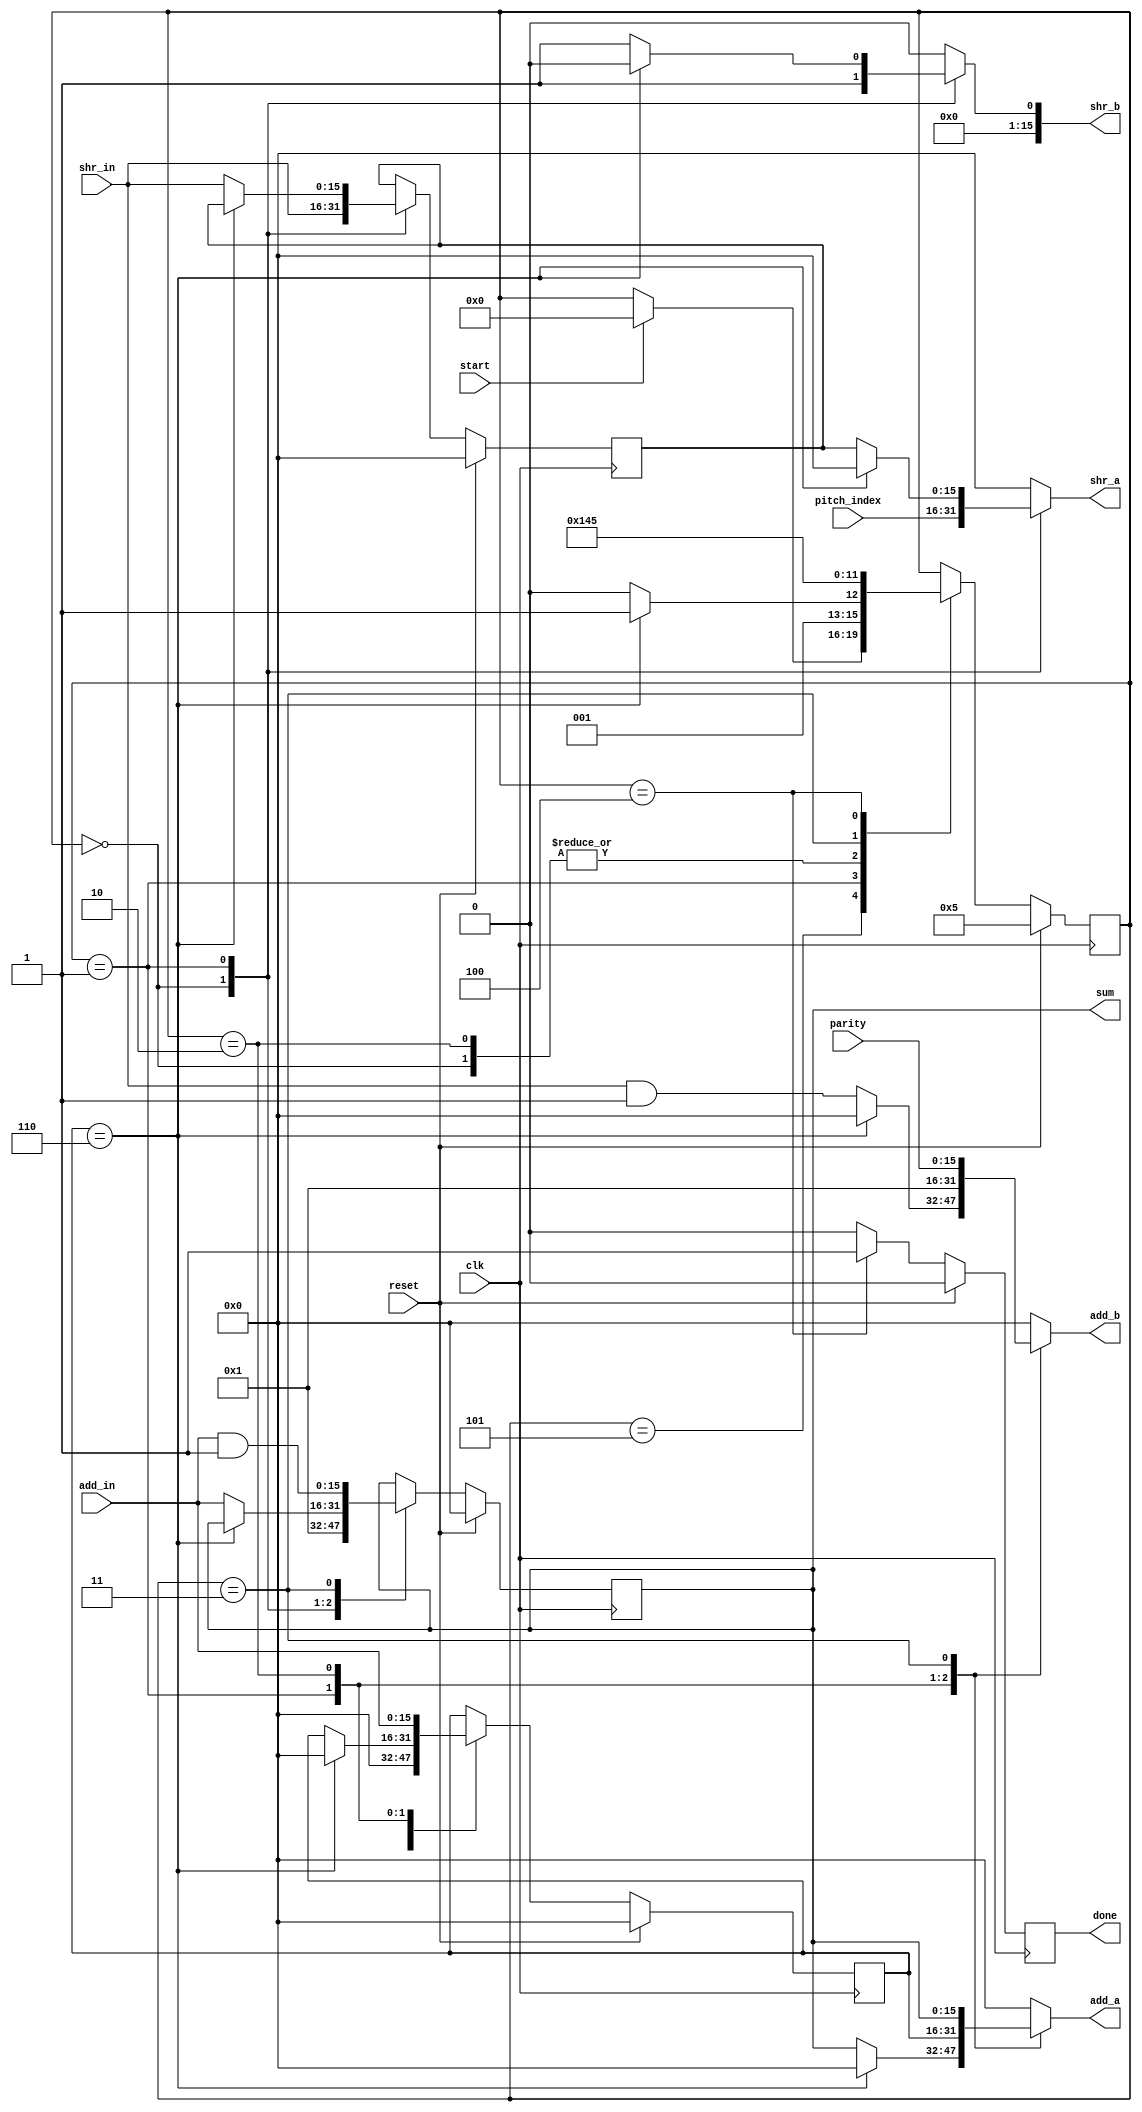
module CheckParityPitch(clk, start, reset, done, pitch_index, parity, sum, add_a, add_b, add_in, shr_a, shr_b, shr_in
    );

input clk, start, reset;
input [15:0] pitch_index, parity;
input [15:0] shr_in, add_in;

output reg done;
output reg [15:0] sum;
output reg [15:0] shr_a, shr_b, add_a, add_b;

reg next_done;
reg [3:0] state, nextstate;
reg [15:0] next_sum;
reg [15:0] temp, next_temp;
reg [15:0] i, nexti;

parameter S0 = 0;
parameter S1 = 1;
parameter S2 = 2;
parameter S3 = 3;
parameter S4 = 4;
parameter INIT = 5;


//Changing States/variables/signals from the States on clk edges
//counter
always @(posedge clk)
		begin
			if(reset)
				i <= 0;
			else
				i <= nexti;
		end

//State
always @(posedge clk)
		begin
			if (reset)
				 state <= INIT;
			else
				 state <= nextstate;
		 end

	always @(posedge clk)
		begin
			if(reset)
				temp <= 0;
			else
				temp <= next_temp;
		end

//Sum
always @(posedge clk)
		begin
			if(reset)
				sum <= 0;
			else
				sum <= next_sum;
		end

//Done signal
always @(posedge clk)
		begin
			if(reset)
				done <= 0;
			else
				done <= next_done;
		end

always @(*)
begin
	nextstate = state;
	nexti = i;
	next_temp = temp;
	next_done = 0;
	next_sum = sum;
	add_a = 'd0;
	add_b = 'd0;
	shr_a = 'd0;
	shr_b = 'd0;
	
	case(state)
		INIT:
		begin
			if(start)
				nextstate = S0;
		end
		S0:
		begin
			//Temp = shr(pitch_index,1)
			shr_a = pitch_index;
			shr_b = 'd1;
			next_temp = shr_in;
			next_sum = 'd1;
			nexti = 'd0;
			nextstate = S1;
		end
		S1:
		begin
			//for loop
			//temp = shr(temp, 1)
			//bit = temp & (word16)
			//sum = add(sum, bit)
			if(i == 6)
			begin
				nexti = 'd0;
				nextstate = S3;
			end
			else
			begin
				shr_a = temp;
				shr_b = 'd1;
				next_temp = shr_in;
				add_a = sum;
				add_b = (shr_in & 16'd1);
				next_sum = add_in;
				nextstate = S2;
			end
		end
		S2:
		begin
			//increment for loop
			add_a = i;
			add_b = 'd1;
			nexti = add_in;
			nextstate = S1;		
		end
		S3:
		begin
			//sum = add(sum, parity);
			//sum = sum & (Word16)1;
			add_a = sum;
			add_b = parity;
			next_sum = (add_in & 16'd1);
			nextstate = S4;
		end
		S4:
		begin
			//done
			next_done = 'd1;
			nextstate = INIT;
		end
	endcase

end

endmodule